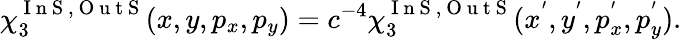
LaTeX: \chi_{3}^{\mathrm{~I~n~S~,~O~u~t~S~}}(x,y,p_{x},p_{y})=c^{-4}\chi_{3}^{\mathrm{~I~n~S~,~O~u~t~S~}}(x^{'},y^{'},p_{x}^{'},p_{y}^{'}).